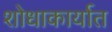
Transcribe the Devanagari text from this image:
शोधाकार्यात